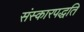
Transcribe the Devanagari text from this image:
संस्कारपद्धति